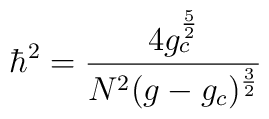
\hbar^{2} = \frac{4 g_{c}^{\frac{5}{2}}}{N^{2} ( g - g_{c} )^{\frac{3}{2}}}